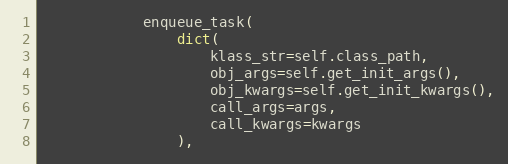
Language: Python
            enqueue_task(
                dict(
                    klass_str=self.class_path,
                    obj_args=self.get_init_args(),
                    obj_kwargs=self.get_init_kwargs(),
                    call_args=args,
                    call_kwargs=kwargs
                ),